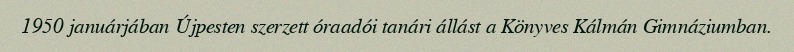
1950 januárjában Újpesten szerzett óraadói tanári állást a Könyves Kálmán Gimnáziumban.